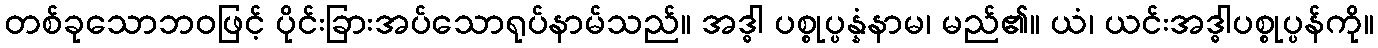
တစ်ခုသောဘဝဖြင့် ပိုင်းခြားအပ်သောရုပ်နာမ်သည်။ အဒ္ဓါ ပစ္စုပ္ပန္နံနာမ၊ မည်၏။ ယံ၊ ယင်းအဒ္ဓါပစ္စုပ္ပန်ကို။